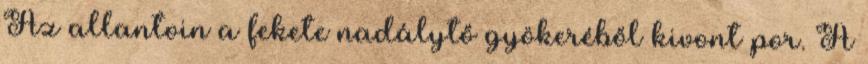
Az allantoin a fekete nadálytő gyökeréből kivont por. A